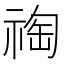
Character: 祹